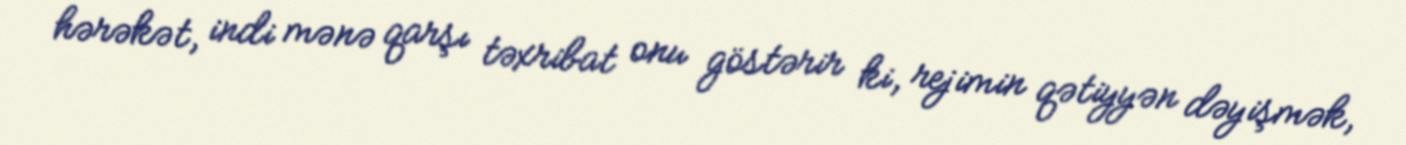
hərəkət, indi mənə qarşı təxribat onu göstərir ki, rejimin qətiyyən dəyişmək,